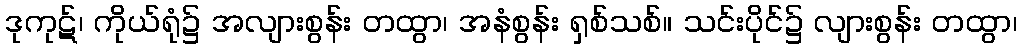
ဒုကုဋ်၊ ကိုယ်ရုံ၌ အလျားစွန်း တထွာ၊ အနံစွန်း ရှစ်သစ်။ သင်းပိုင်၌ လျားစွန်း တထွာ၊